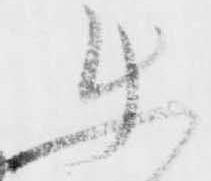
使